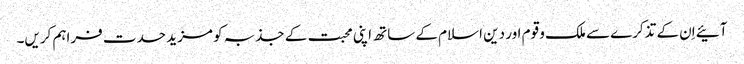
آئیے اِن کے تذکرے سے ملک و قوم اور دین اسلام کے ساتھ اپنی محبت کے جذبہ کو مزید حدت فراہم کریں۔